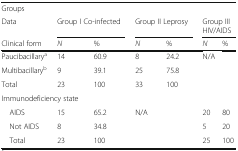
| Groups |  |  |  |  |  |  |
 | Data | <COLSPAN=2> Group I Co-infected | <COLSPAN=2> Group II Leprosy | <COLSPAN=2> Group III HIV/AIDS |
 | Clinical form | N | % | N | % | N | % |
 | --- | --- | --- | --- | --- | --- | --- |
 | Paucibacillarya | 14 | 60.9 | 8 | 24.2 | <ROWSPAN=2-COLSPAN=2> N/A |
 | Multibacillaryb | 9 | 39.1 | 25 | 75.8 |
 | Total | 23 | 100 | 33 | 100 |  |  |
 | <COLSPAN=7> Immunodeficiency state |
 | AIDS | 15 | 65.2 | <ROWSPAN=2-COLSPAN=2> N/A | 20 | 80 |
 | Not AIDS | 8 | 34.8 | 5 | 20 |
 | Total | 23 | 100 |  |  | 25 | 100 |